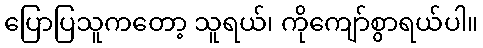
ပြောပြသူကတော့ သူရယ်၊ ကိုကျော်စွာရယ်ပါ။